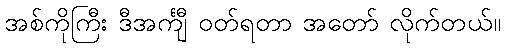
အစ်ကိုကြီး ဒီအင်္ကျီ ဝတ်ရတာ အတော် လိုက်တယ်။